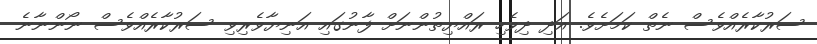
ސަރުކާރެއްވެސް ނެތް ކަމަށެވެ. އަދި ދިވެހި ރައްޔިތުންނަށް ފާނުގައި އަނިޔާވެރިވި ސަރުކާރެއްވެސް ނޯންނާނެ